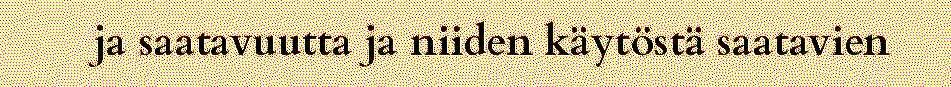
ja saatavuutta ja niiden käytöstä saatavien